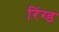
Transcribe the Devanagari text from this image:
रिंग्ड